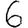
Digit: 6